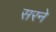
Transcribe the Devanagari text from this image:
सरने